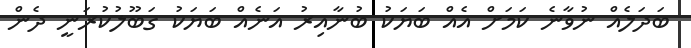
ބަދަލެއް ނުވާނެ ކަމަށް އެއް ބަޔަކު ބުނާއިރު އަނެއް ބަޔަކު ގަބޫލުކުރަނީ ދެން